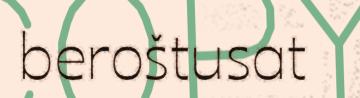
beroštusat